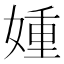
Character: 媑